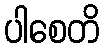
ပါစေတိ